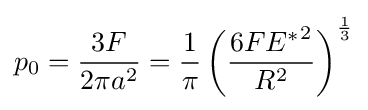
p_{0}={\frac {3F}{2\pi a^{2}}}={\frac {1}{\pi }}\left({\frac {6F{E^{*}}^{2}}{R^{2}}}\right)^{\frac {1}{3}}